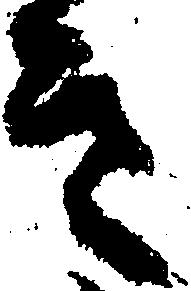
き